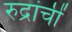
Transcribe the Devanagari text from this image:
रुद्रांचीं